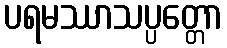
ပရမဿာသပ္ပတ္တော